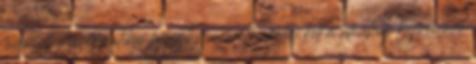
tagozatos informatikai fejlesztés során törekedni kell a témához kapcsolódó